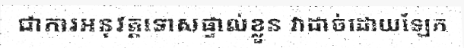
ជាការអនុវត្តទោសផ្ទាល់ខ្លួន វាដាច់ដោយឡែក